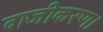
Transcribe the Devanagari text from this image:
वाजीकरण।